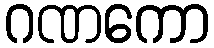
ဂဏကော